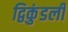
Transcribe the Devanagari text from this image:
द्विकुंडली